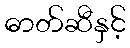
ဓာတ်ဆီနှင့်